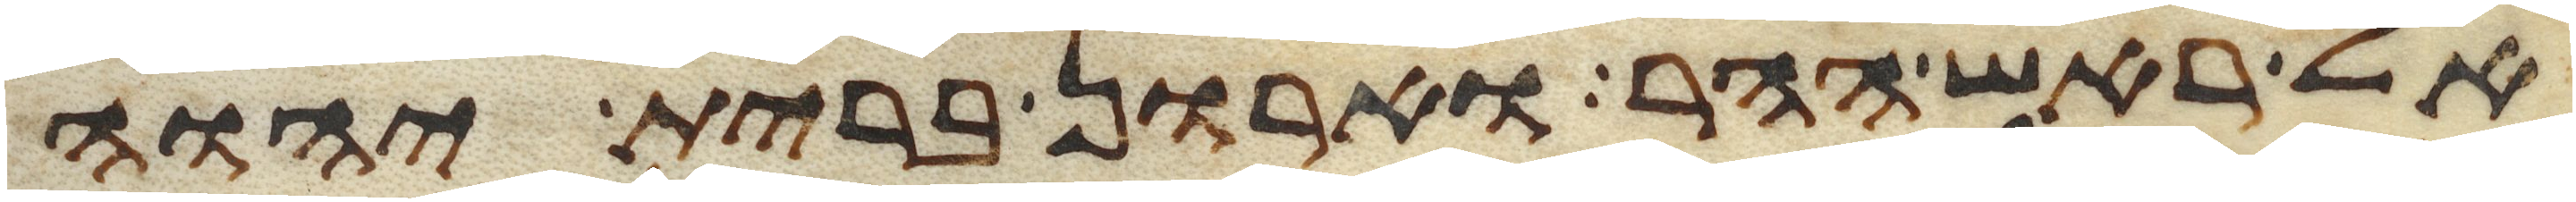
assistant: אל ראש ההר וארון ברית יהוה